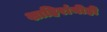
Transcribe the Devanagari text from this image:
शाहिरांनीही